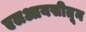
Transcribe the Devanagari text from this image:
एलआयसीतून